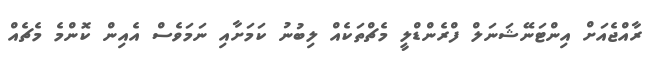
ރާއްޖެއަށް އިންޓަނޭޝަނަލް ފްރެންޑްލީ މެޗްތަކެއް ލިބުނު ކަމަށާއި ނަމަވެސް އެއިން ކޮންމެ މެޗެއް